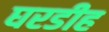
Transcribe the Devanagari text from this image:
घरडीह